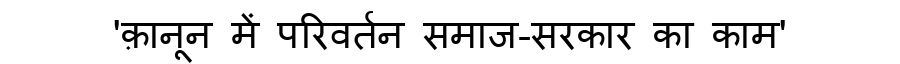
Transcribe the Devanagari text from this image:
'क़ानून में परिवर्तन समाज-सरकार का काम'